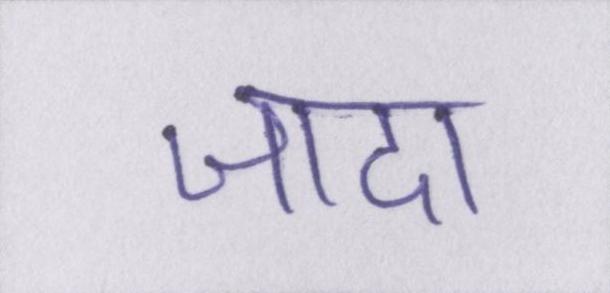
जादा